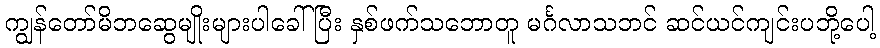
ကျွန်တော်မိဘဆွေမျိုးများပါခေါ်ပြီး နှစ်ဖက်သဘောတူ မင်္ဂလာသဘင် ဆင်ယင်ကျင်းပဘို့ပေါ့